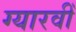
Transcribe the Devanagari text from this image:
ग्यारवीँ